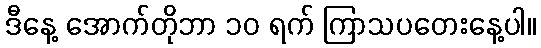
ဒီနေ့ အောက်တိုဘာ ၁၀ ရက် ကြာသပတေးနေ့ပါ။